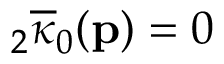
{ } _ { 2 } \overline { { \kappa } } _ { 0 } ( \mathbf { p } ) = 0